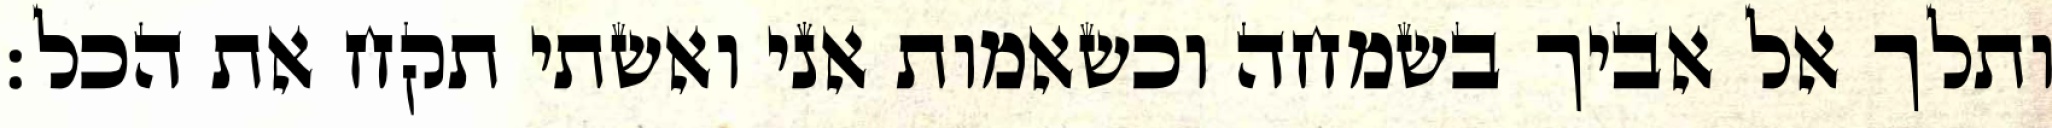
ותלך אל אביך בשמחה וכשאמות אני ואשתי תקח את הכל: